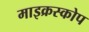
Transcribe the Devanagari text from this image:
माइक्रस्कोप